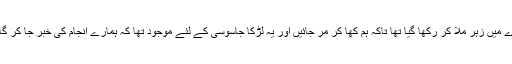
مجھے لگتا ہے اس حلوے میں زہر ملا کر رکھا گیا تھا تاکہ ہم کھا کر مر جائیں اور یہ لڑکا جاسوسی کے لئے موجود تھا کہ ہمارے انجام کی خبر جا کر گاؤں والوں کو دے سکے۔